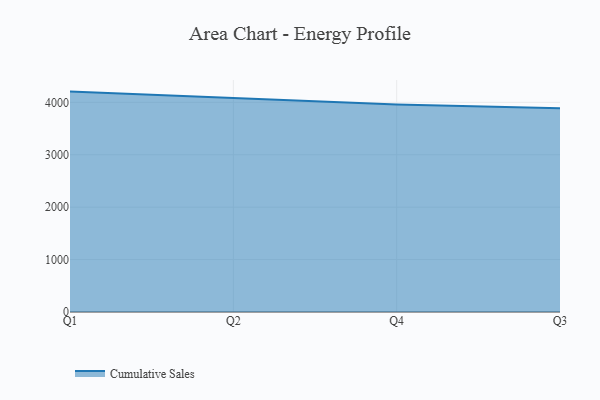
{"axis": {"x": "Quarter", "y": "Demand Index"}, "legend": ["Cumulative Sales"], "data": [{"x": "Q1", "y": 4205.1, "type": "Cumulative Sales"}, {"x": "Q2", "y": 4083.3, "type": "Cumulative Sales"}, {"x": "Q4", "y": 3961.3, "type": "Cumulative Sales"}, {"x": "Q3", "y": 3887.5, "type": "Cumulative Sales"}]}